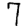
Digit: 7